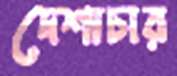
দেশাচার